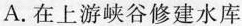
A.在上游峡谷修建水库